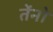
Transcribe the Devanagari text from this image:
तेंनो